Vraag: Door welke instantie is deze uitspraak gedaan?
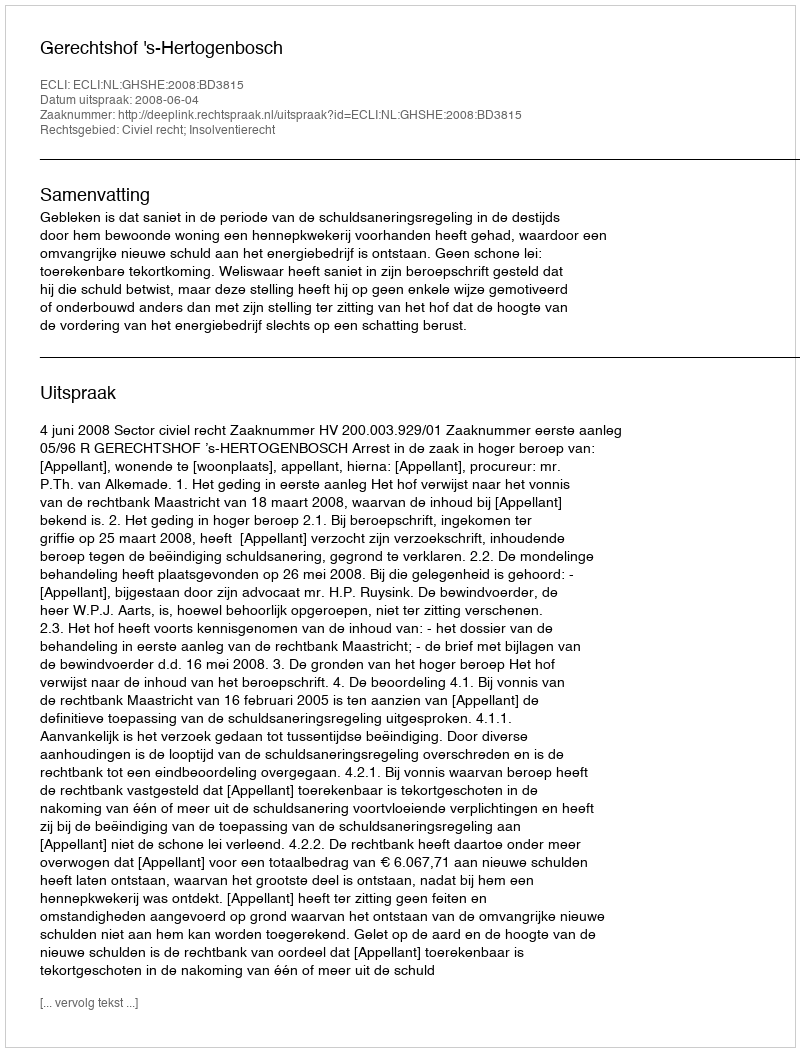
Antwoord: Gerechtshof 's-Hertogenbosch